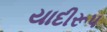
યાદીરૂપ